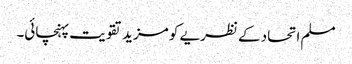
مسلم اتحاد کے نظریے کو مزید تقویت پہنچائی۔